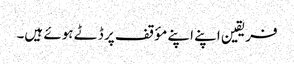
فریقین اپنے اپنے مؤقف پر ڈٹے ہوئے ہیں۔